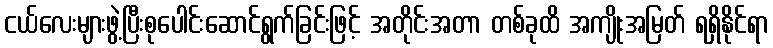
ငယ်လေးများဖွဲ့ပြီးစုပေါင်းဆောင်ရွက်ခြင်းဖြင့် အတိုင်းအတာ တစ်ခုထိ အကျိုးအမြတ် ရရှိနိုင်ရာ